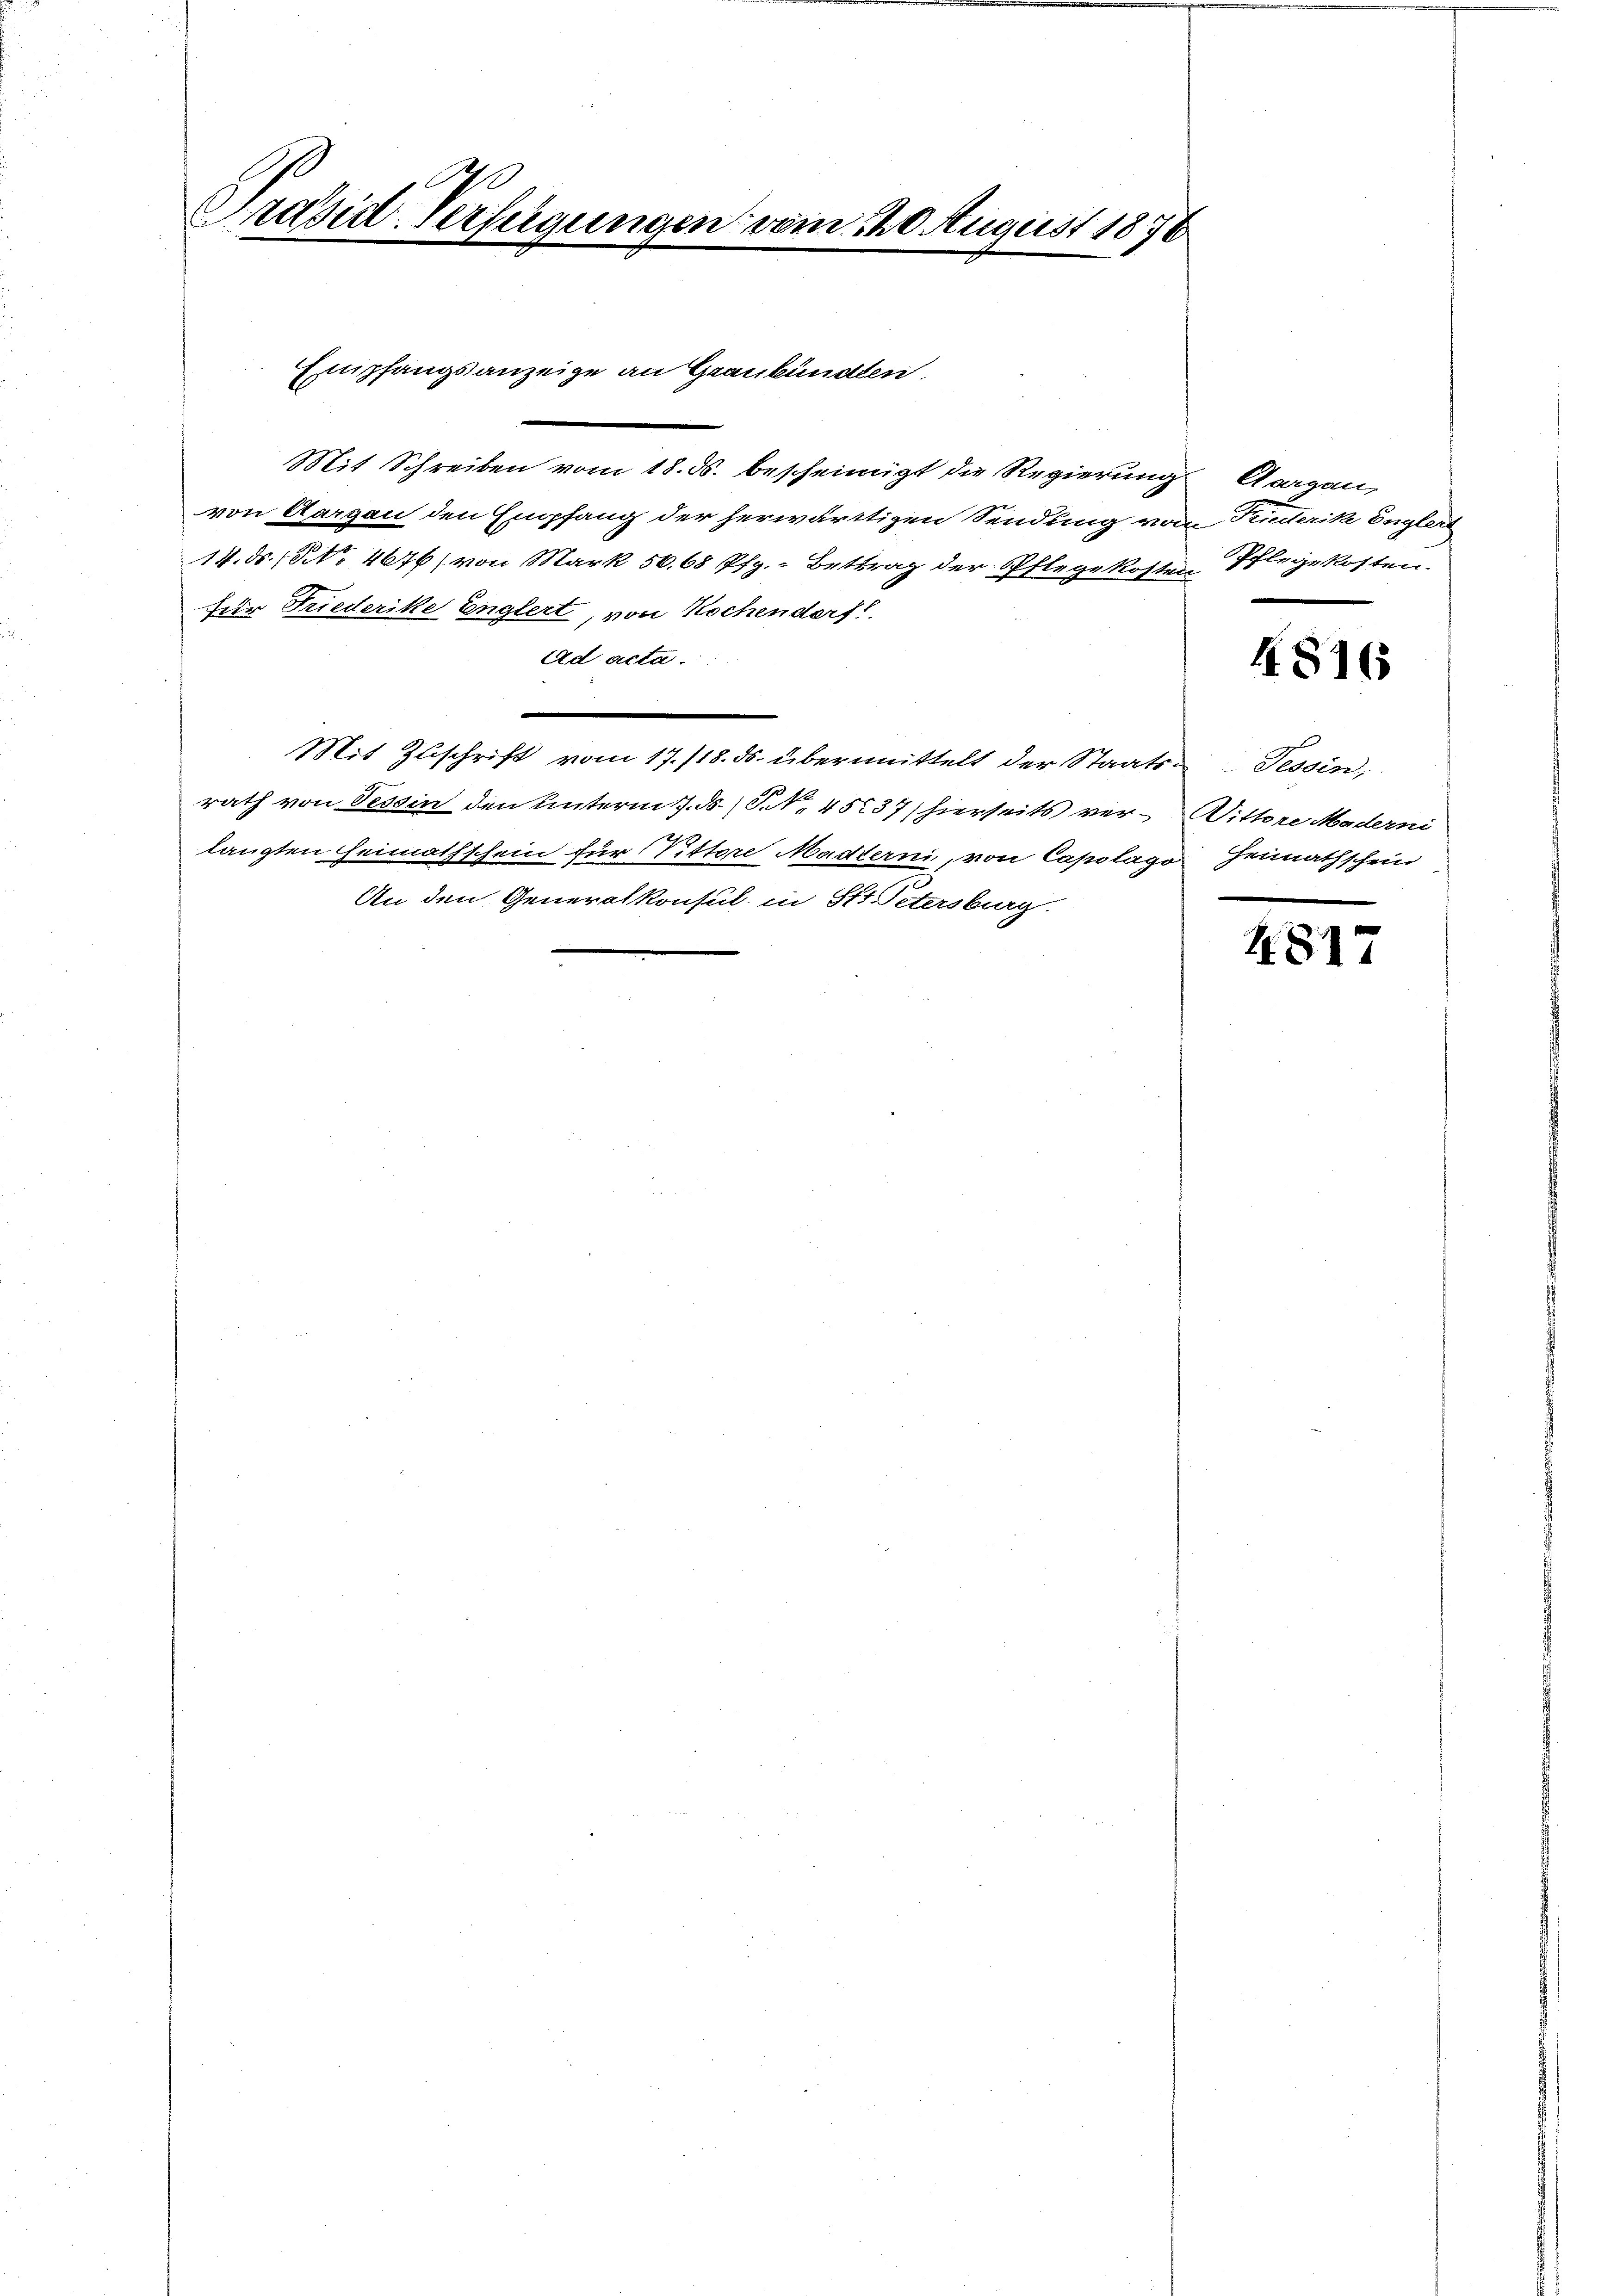
1
Präsid. Verfügungen vom 120. August 1876

Mit Schreiben vom 18. ds. bescheinigt die Regierung Aargau,
von Aargau den Empfang der herwärtigen Sendung vom Kudlerike Englert
14. ds. 18. No. 4676) von Mark 50. 68 Pfg. - Bettrag der Pflege kosten Pflegekosten.
für Friederike Englert, von Hochenderft
Ad acta.
Mit Zuschrift vom 17./18. ds. übermittelt der Staats Tessin,
rath von Tessin den unterm 7. ds. (S. 4537 (hierseits ver¬ Wittere Maderni
t
langten Heimathschein für Rittore Madterni, von Capolago Heimathschein
An den Generalkonsul in St. Petersburg.

Empfangsanzeige an Graubünden.

4816

4817